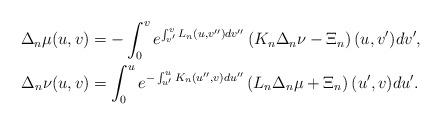
LaTeX: \begin{align*} \Delta_n\mu(u,v)&=-\int_0^ve^{\int_{v'}^vL_n(u,v'')dv''}\left(K_n\Delta_n\nu-\Xi_n\right)(u,v')dv',\\ \Delta_n\nu(u,v)&=\int_0^ue^{-\int_{u'}^uK_n(u'',v)du''}\left(L_n\Delta_n\mu+\Xi_n\right)(u',v)du'.\end{align*}